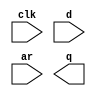
// Implement the following 

module top_module (
    input clk,
    input d, 
    input ar,   // asynchronous reset
    output q);

    // Insert your code here

endmodule